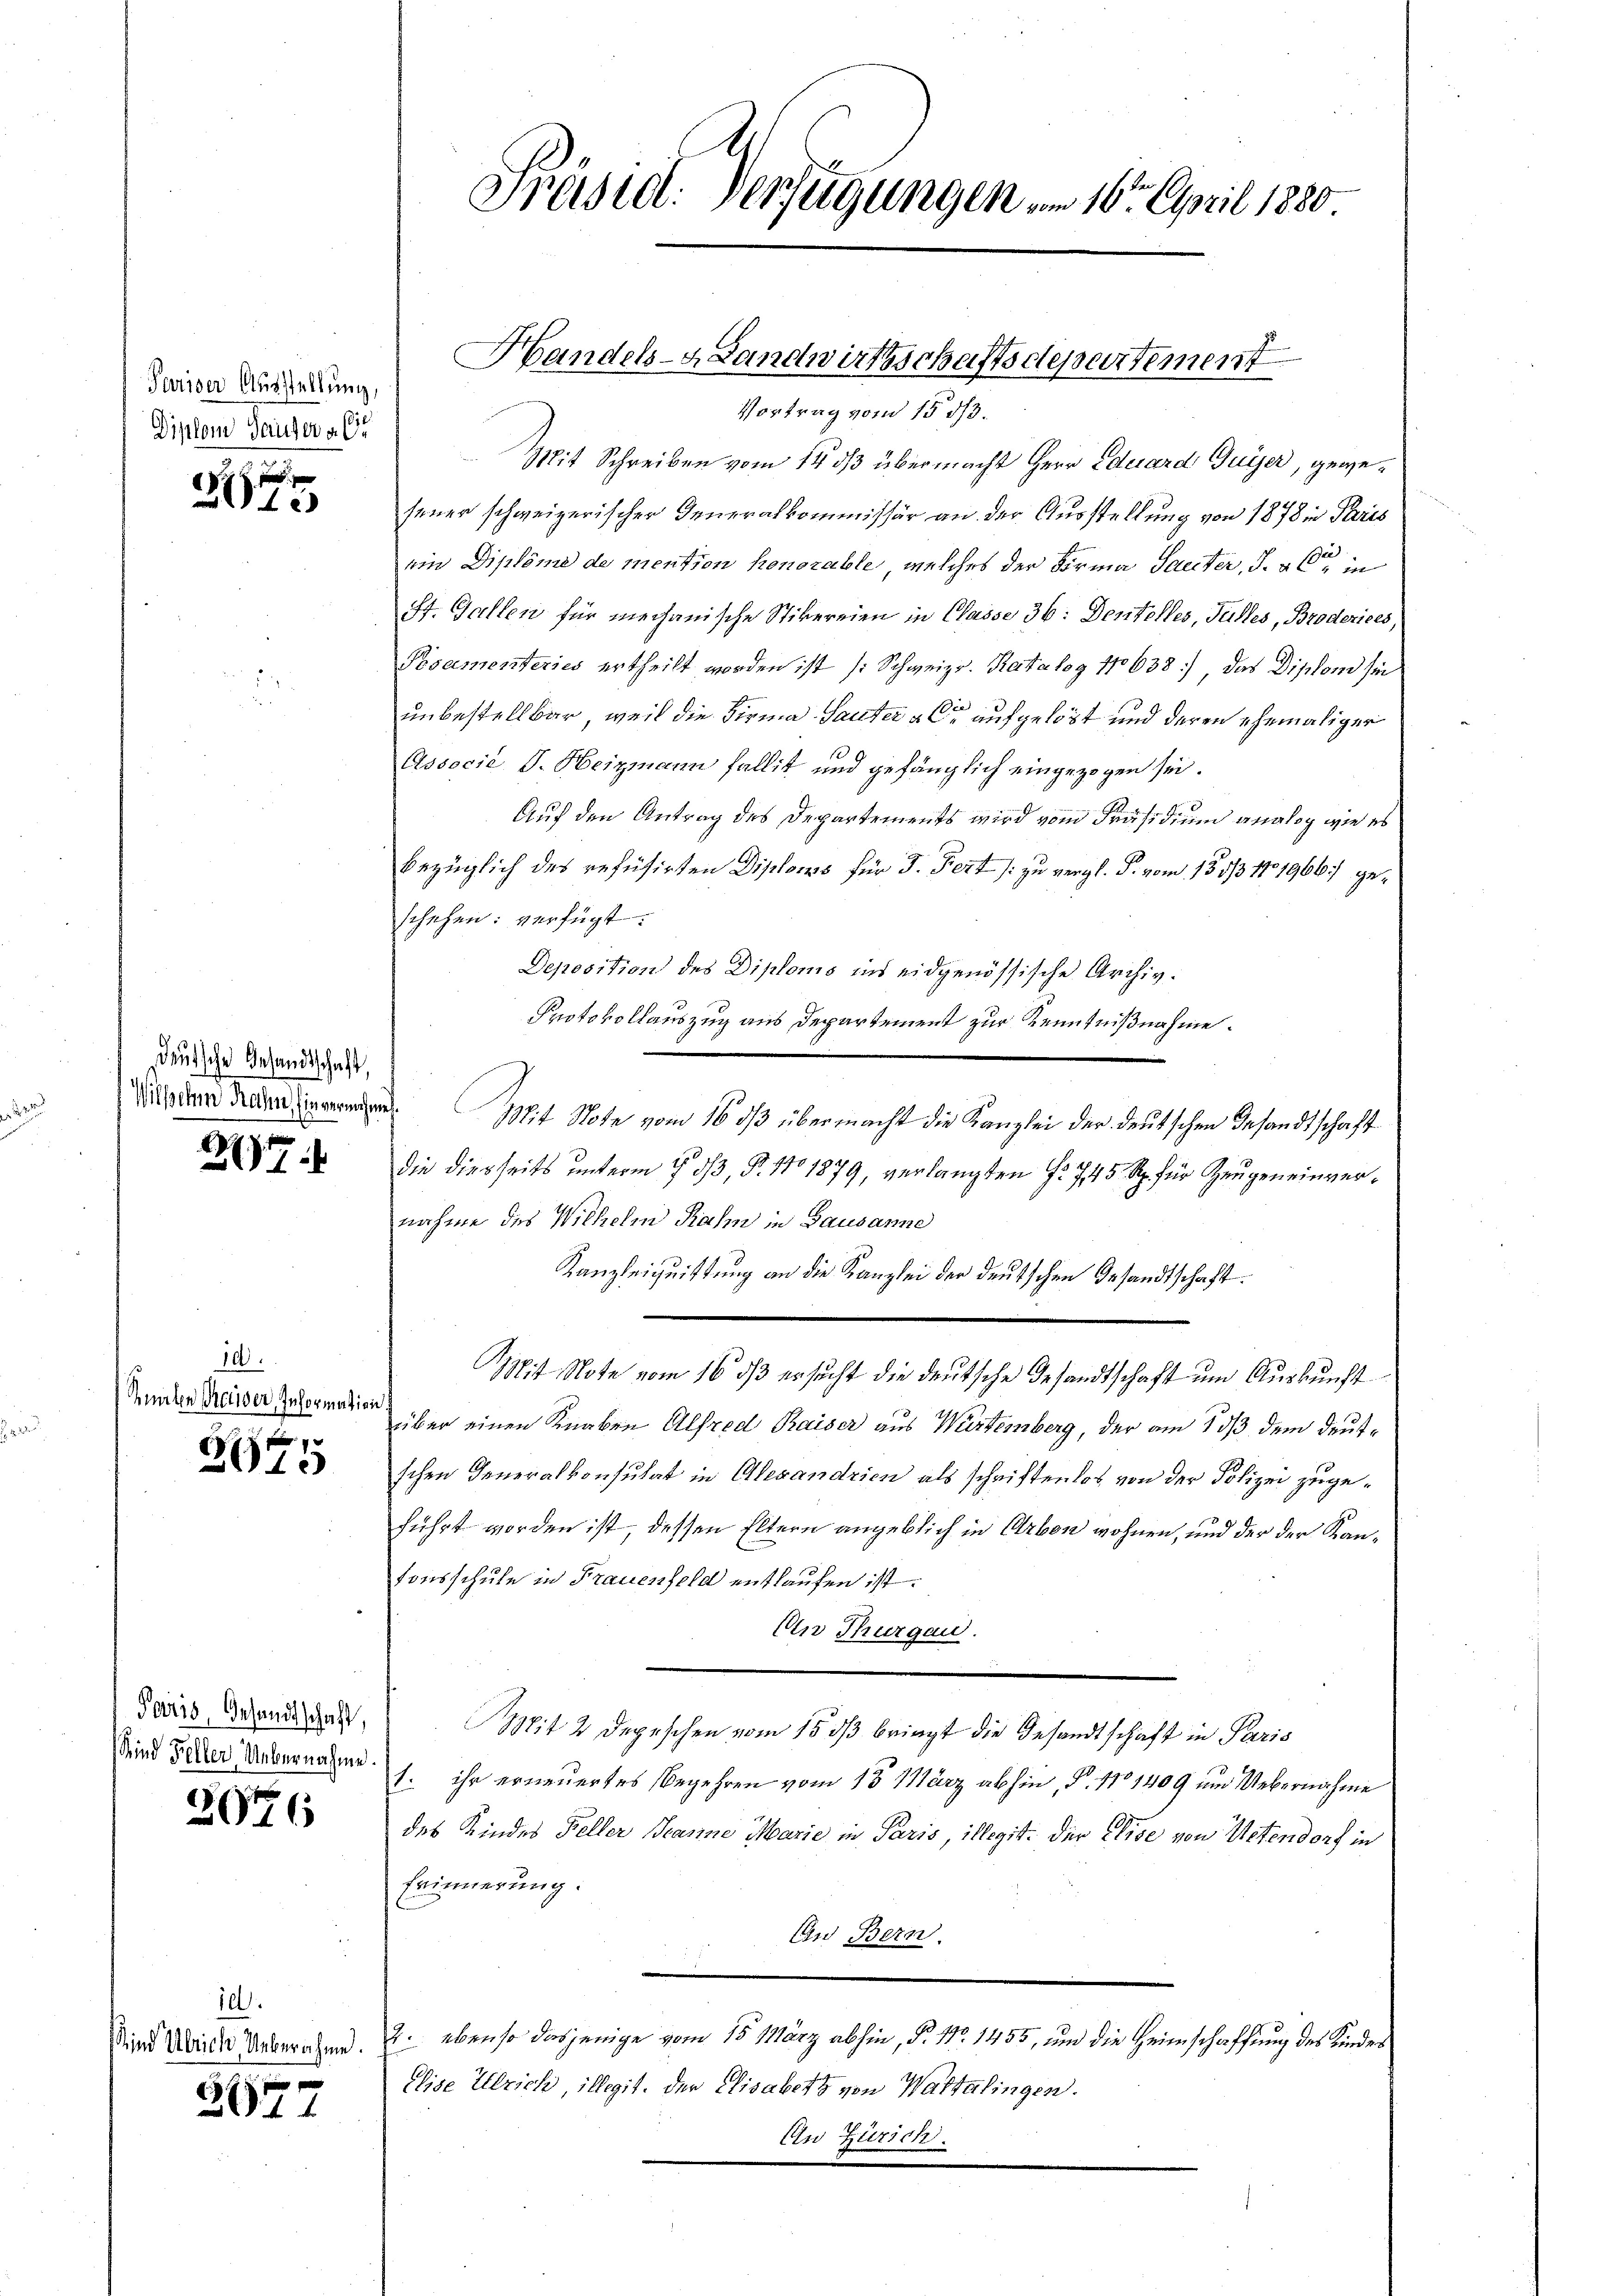
Pariser Ausstellung,
Diplom Hauser a. (

2015

deutsche Gesandtschaft,
Wischen Rahn, Einvernehmen.

27

10.
Renten Reiser, Information

2645

Paris, Gesandtschaft,

2076

id.

2877

Mit Schreiben vom 14. ds übermacht Herr Eduard Guyer, gewesener schweizerischer Generalkommissär an der Ausstellung von 1878 in Paris
ein Diplome de mention honorable, welches der Forma Saeter, d. alte in
ff. Gallen für mechanische Stikereien in Classe 36: Dentelles, Fulles, Broderiees,
Posamenteries ertheilt worden ist (Schweiz. Katalog 17638), das Diplom sei
unbestellbar, weil die Firma Sauter & Cie aufgelöst und deren ehemaliger
Associé V. Heizmann fallit und gefänglich eingezogen sei.
Auf den Antrag des Departements wird vom Präsidium analog wie es
bezüglich des refusirten Diploms für J. Fett /: zu vergl. P. vom 13 1/3 1101966) geschehen: verfügt:
Deposition des Diploms ins eidgenössische Archiv.
Protokollauszug aus Departement zur Kenntnißnahme.
die diesseits unterm 1. 33, §. 11. 1879, verlangten §. 745 Rp. für Zeugeneinvernahme des Wilhelm Rahm in Gausanne
Kanzleiquittung an die Kanzlei der deutschen Gesandtschaft.
Mit Note vom 16. ds ersucht die deutsche Gesandtschaft um Auskunft
über einen Knaben Alfred Kaiser aus Würtemberg, der am 10/3 dem deutschen Generalkonsulat in Alexandrien als schriftenlos von der Polizei zugeführt worden ist, dessen Eltern angeblich in Erben wohnen, und der der Kantonsschule in Frauenfeld entlaufen ist.
Un Thurgau.
Mit 2 Depeschen vom 15. dß bringt die Gesandtschaft in Paris
Sind Feder Uebernahme s. ihr erneuertes Begehren vom 15. März abhin, N. 1101409 und Uebernahme
des Kindes Keller Jeanne Marie in Paris, illegit: Der Elise von Uetendorf in
Erinnerung.
An Bern.
Sind Urige Unberaten. E. ebenso dasjenige vom 15. März abhin, P. Nr. 1455, und die Heimschaffung des Kinder
Elise Ulrich, illegit. Der Elisabetz von Waltalingen.
En Zürich.

Präsid. Verfügungen am 16. April 1880

Handels-ALandwirtsschaftsdepartement
Vortrag vom 15 1/3.

Mit Note vom 16. dβ übermacht die Kanzlei der deutschen Gesandtschaft